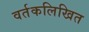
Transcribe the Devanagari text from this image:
वर्तकलिखित